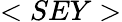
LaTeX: <SEY>